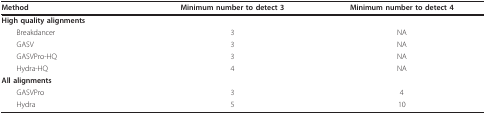
<table><thead><tr><td><b>Method</b></td><td><b>Minimum number to detect 3</b></td><td><b>Minimum number to detect 4</b></td></tr></thead><tbody><tr><td><b>High quality alignments</b></td><td></td><td></td></tr><tr><td> Breakdancer</td><td>3</td><td>NA</td></tr><tr><td> GASV</td><td>3</td><td>NA</td></tr><tr><td> GASVPro-HQ</td><td>3</td><td>NA</td></tr><tr><td> Hydra-HQ</td><td>4</td><td>NA</td></tr><tr><td><b>All alignments</b></td><td></td><td></td></tr><tr><td> GASVPro</td><td>3</td><td>4</td></tr><tr><td> Hydra</td><td>5</td><td>10</td></tr></tbody></table>